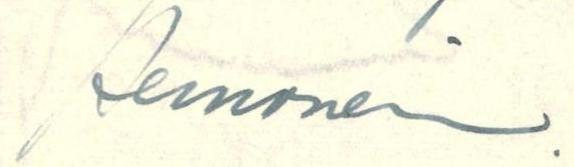
Remonen.